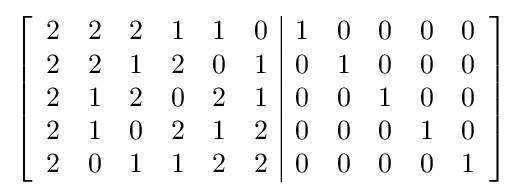
\left[{\begin{array}{cccccc|ccccc}2&2&2&1&1&0&1&0&0&0&0\\2&2&1&2&0&1&0&1&0&0&0\\2&1&2&0&2&1&0&0&1&0&0\\2&1&0&2&1&2&0&0&0&1&0\\2&0&1&1&2&2&0&0&0&0&1\end{array}}\right]